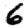
Digit: 6